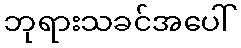
ဘုရားသခင်အပေါ်